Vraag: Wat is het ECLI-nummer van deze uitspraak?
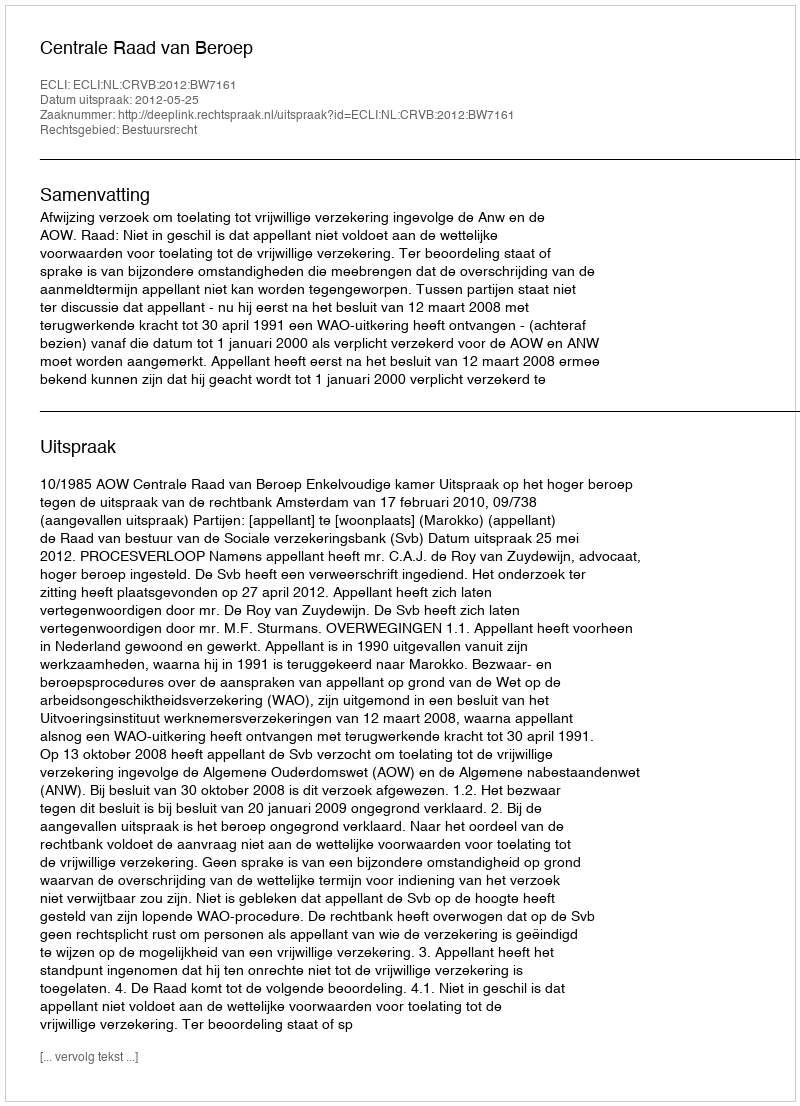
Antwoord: ECLI:NL:CRVB:2012:BW7161